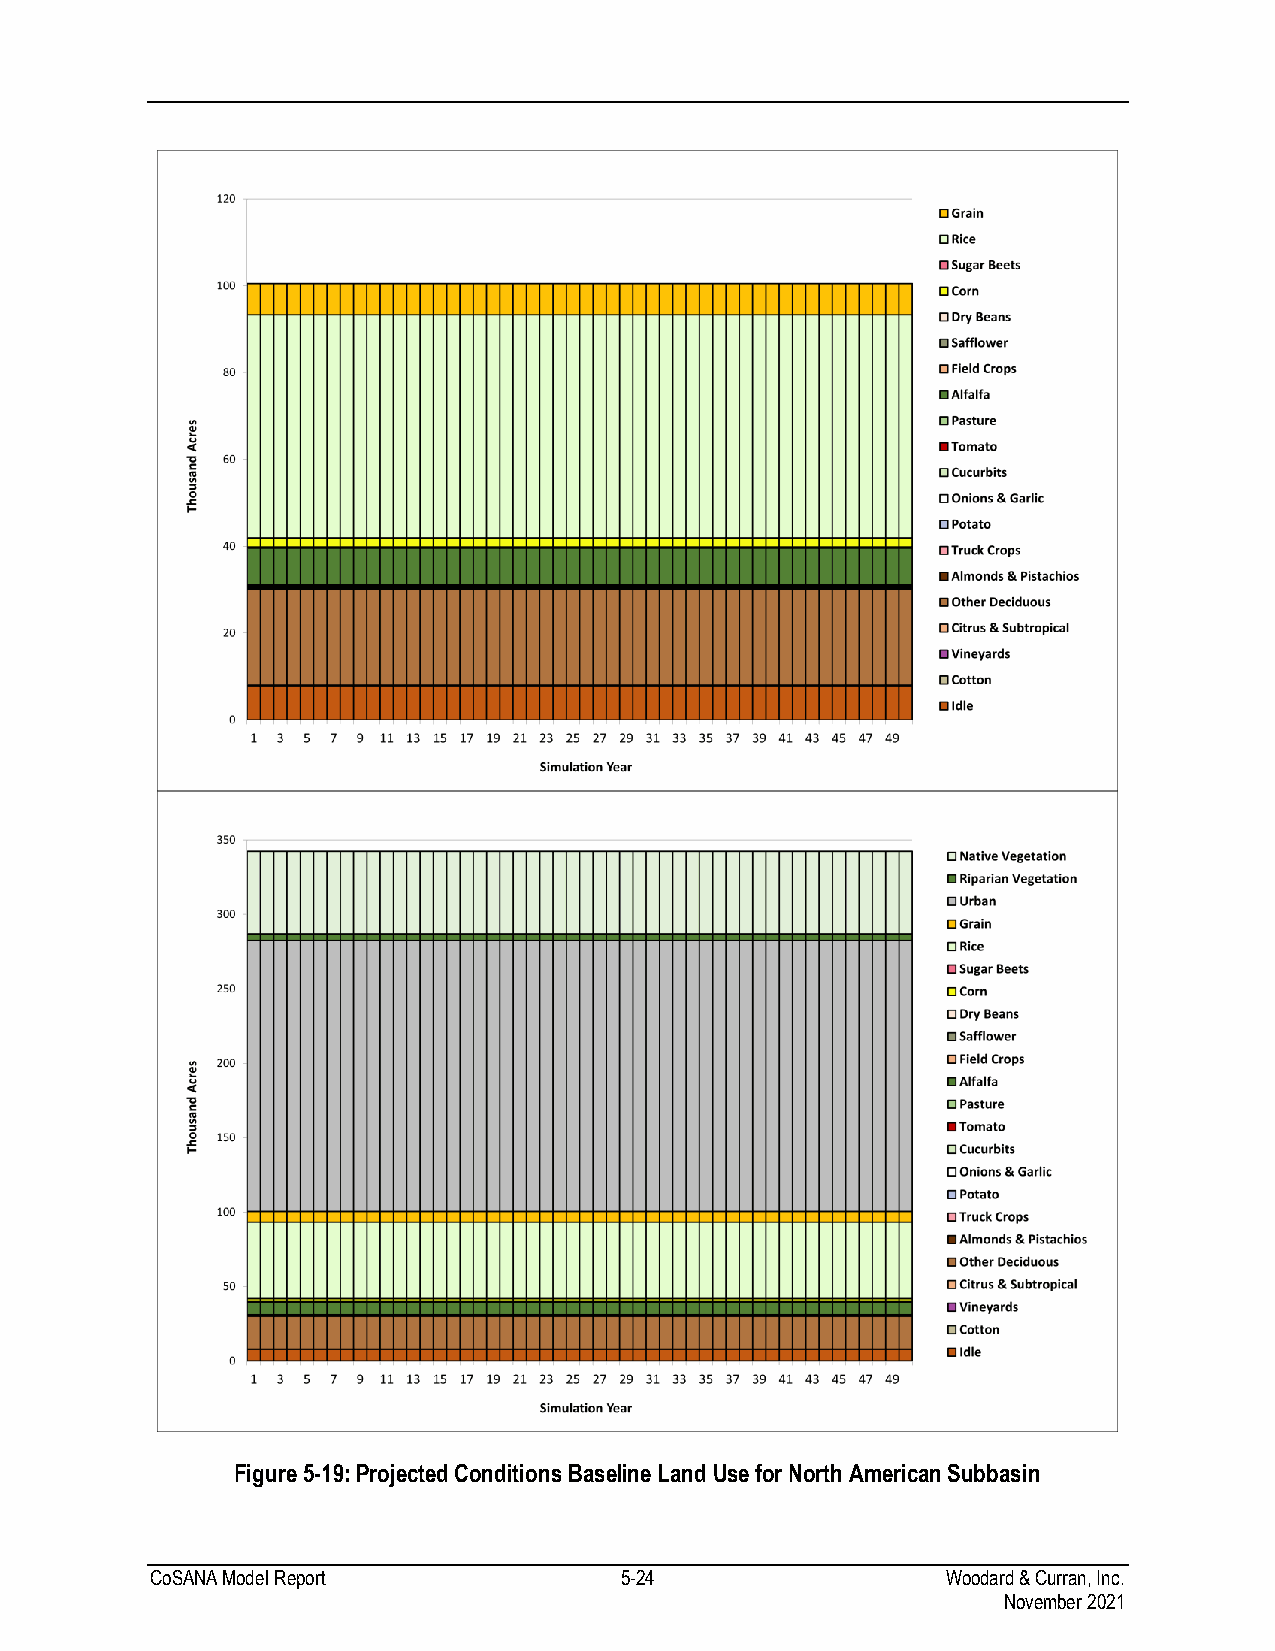
Figure 5-19: Projected Conditions Baseline Land Use for North American Subbasin
 CoSANA Model Report            5-24                  Woodard & Curran, Inc.
 November 2021